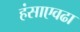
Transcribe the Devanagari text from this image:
हंसाएवढा